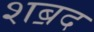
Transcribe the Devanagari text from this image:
शॿद